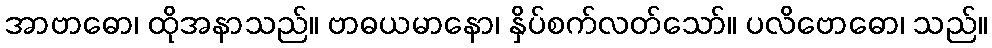
အာဗာဓော၊ ထိုအနာသည်။ ဗာဓယမာနော၊ နှိပ်စက်လတ်သော်။ ပလိဗောဓော၊ သည်။